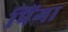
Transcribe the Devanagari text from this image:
पिंगा